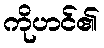
ကိုဟင်၏